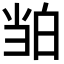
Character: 𬐉